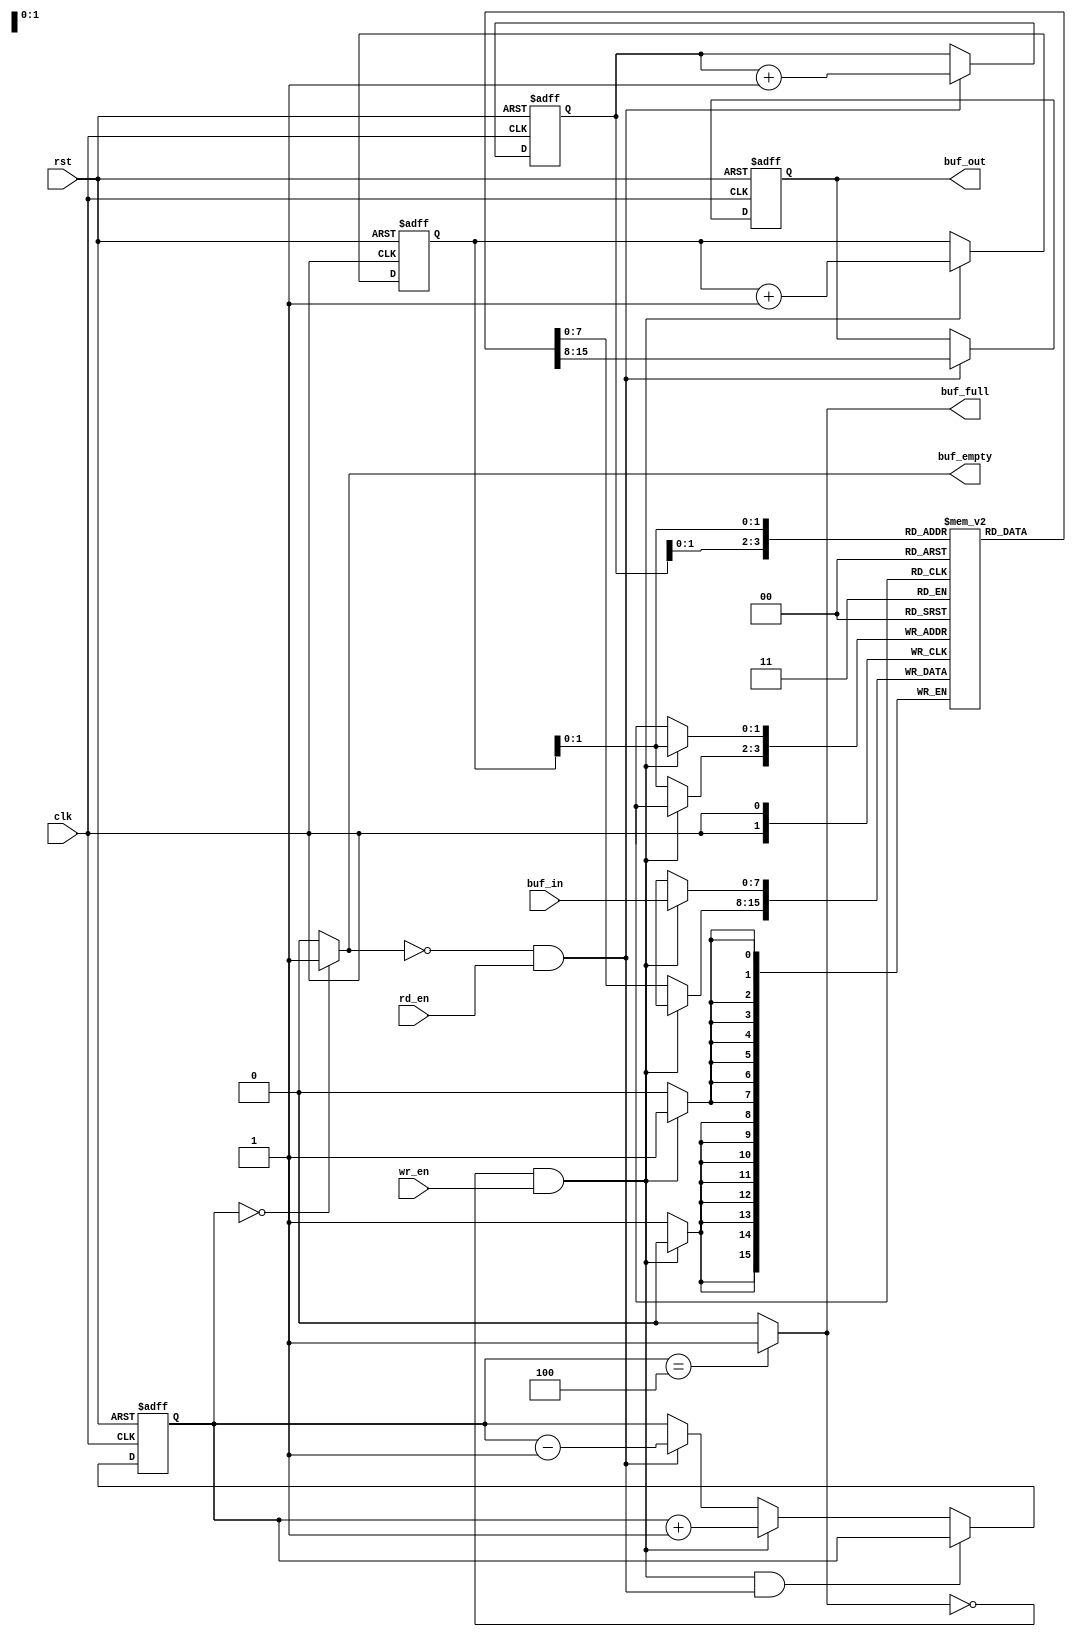
`timescale 1ns / 1ps
//////////////////////////////////////////////////////////////////////////////////
// Company:
// Engineer:
//
// Design Name:
// Module Name: fifo
// Project Name:
// Target Devices:
// Tool Versions:
// Description:
//
// Dependencies:
//
// Revision:
// Revision 0.01 - File Created
// Additional Comments:
//
//////////////////////////////////////////////////////////////////////////////////




module fifo#
(
    parameter BUF_SIZE = 4
)
(
	input clk,
	input rst,
	input [7:0] buf_in,
	output reg [7:0] buf_out,
	input wr_en,
	input rd_en,
	output buf_empty,
	output buf_full
);






reg[4 :0]    fifo_counter;
reg[4 -1:0]  rd_ptr, wr_ptr;           // pointer to read and write addresses
reg[7:0]              buf_mem[BUF_SIZE -1 : 0]; //

assign buf_empty = (fifo_counter==0) ? 1'b1 : 1'b0;   // Checking for whether buffer is empty or not
assign buf_full = (fifo_counter== BUF_SIZE) ? 1'b1 : 1'b0;  //Checking for whether buffer is full or not

//Setting FIFO counter value for different situations of read and write operations.
always @(posedge clk or posedge rst)
begin
   if( rst )
       fifo_counter <= 0;		// Reset the counter of FIFO

   else if( (!buf_full && wr_en) && ( !buf_empty && rd_en ) )  //When doing read and write operation simultaneously
       fifo_counter <= fifo_counter;			// At this state, counter value will remain same.

   else if( !buf_full && wr_en )			// When doing only write operation
       fifo_counter <= fifo_counter + 1;

   else if( !buf_empty && rd_en )		//When doing only read operation
       fifo_counter <= fifo_counter - 1;

   else
      fifo_counter <= fifo_counter;			// When doing nothing.
end

always @( posedge clk or posedge rst)
begin
   if( rst )
      buf_out <= 0;		//On reset output of buffer is all 0.
   else
   begin
      if( rd_en && !buf_empty )
         buf_out <= buf_mem[rd_ptr];	//Reading the 8 bit data from buffer location indicated by read pointer

      else
         buf_out <= buf_out;

   end
end

always @(posedge clk)
begin
   if( wr_en && !buf_full )
      buf_mem[ wr_ptr ] <= buf_in;		//Writing 8 bit data input to buffer location indicated by write pointer

   else
      buf_mem[ wr_ptr ] <= buf_mem[ wr_ptr ];
end

always@(posedge clk or posedge rst)
begin
   if( rst )
   begin
      wr_ptr <= 0;		// Initializing write pointer
      rd_ptr <= 0;		//Initializing read pointer
   end
   else
   begin
      if( !buf_full && wr_en )
			wr_ptr <= wr_ptr + 1;		// On write operation, Write pointer points to next location
      else
			wr_ptr <= wr_ptr;

      if( !buf_empty && rd_en )
			rd_ptr <= rd_ptr + 1;		// On read operation, read pointer points to next location to be read
      else
			rd_ptr <= rd_ptr;
   end

end
endmodule